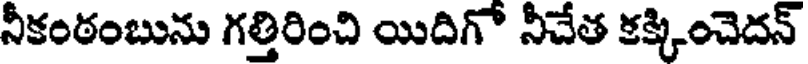
నీకంఠంబును గత్తిరించి యిదిగో నీచేత కక్కించెదన్